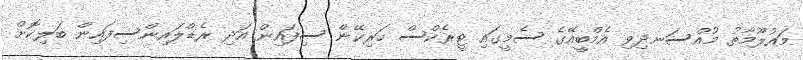
މައުލޫމާތު މުއްސަނދިވި އެމްބީއޭގެ ސެމީގައި ޓީރެކްސް ހަރިކޭން ސިފައިން އަދި ރެޑްލައިންސިފައިން ބަލިކޮށް